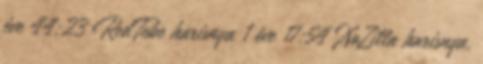
éve 44:23 RedTube harisnya 1 éve 17:54 XoZilla harisnya,